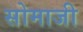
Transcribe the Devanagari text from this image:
सोमाजी